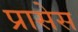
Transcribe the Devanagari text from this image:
प्रासेस